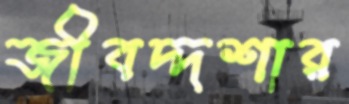
জীবদ্দশার